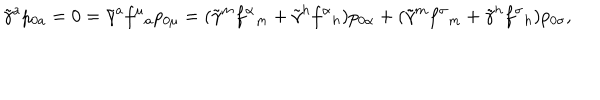
\tilde { \gamma } ^ { a } p _ { 0 a } = 0 = \tilde { \gamma } ^ { a } f ^ { \mu } { } _ { a } p _ { 0 \mu } = ( \tilde { \gamma } ^ { m } f ^ { \alpha } { } _ { m } + \tilde { \gamma } ^ { h } f ^ { \alpha } { } _ { h } ) p _ { 0 \alpha } + ( \tilde { \gamma } ^ { m } f ^ { \sigma } { } _ { m } + \tilde { \gamma } ^ { h } f ^ { \sigma } { } _ { h } ) p _ { 0 \sigma } ,